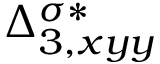
{ \Delta } _ { 3 , x y y } ^ { \sigma * }